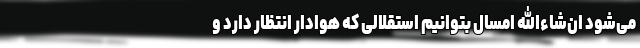
می‌شود ان‌شاءالله امسال بتوانیم استقلالی که هوادار انتظار دارد و